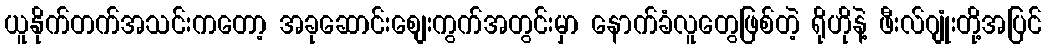
ယူနိုက်တက်အသင်းကတော့ အခုဆောင်းစျေးကွက်အတွင်းမှာ နောက်ခံလူတွေဖြစ်တဲ့ ရိုဟိုနဲ့ ဖီးလ်ဂျုံးတို့အပြင်